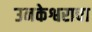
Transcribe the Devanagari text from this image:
उनकेश्वराचा